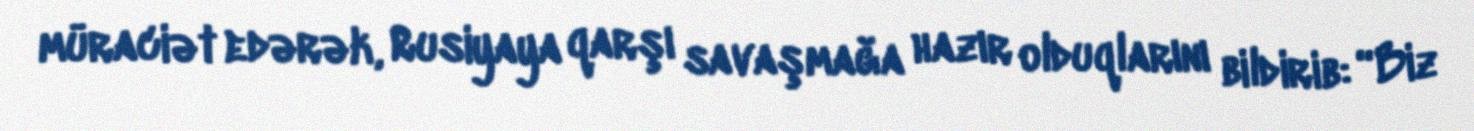
müraciət edərək, Rusiyaya qarşı savaşmağa hazır olduqlarını bildirib: “Biz